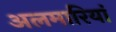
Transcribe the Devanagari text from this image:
अलमारियां